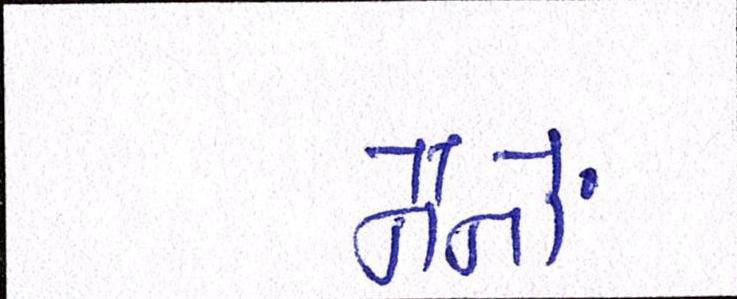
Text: નૈનોં